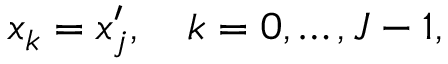
x _ { k } = x _ { j } ^ { \prime } , \quad k = 0 , \dots , J - 1 ,